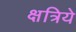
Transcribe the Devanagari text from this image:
क्षत्रिये